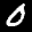
Label: 0